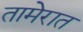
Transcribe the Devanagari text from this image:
तामेरात